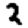
Digit: 2